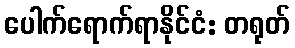
ပေါက်ရောက်ရာနိုင်ငံ: တရုတ်